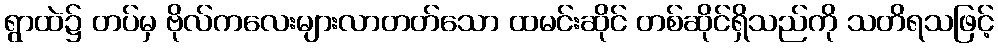
ရွာထဲ၌ တပ်မှ ဗိုလ်ကလေးများလာတတ်သော ထမင်းဆိုင် တစ်ဆိုင်ရှိသည်ကို သတိရသဖြင့်